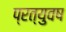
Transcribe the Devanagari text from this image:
प्रत्युवष